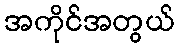
အကိုင်အတွယ်